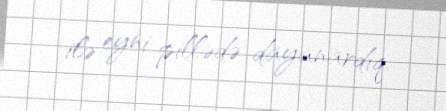
ilə eyni pillədə dayanardıq.